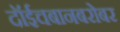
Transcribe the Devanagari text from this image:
दॉईचबानबरोबर